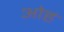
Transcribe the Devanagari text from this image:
ओहं